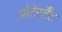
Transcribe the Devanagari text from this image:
प्रोटेस्टैँट